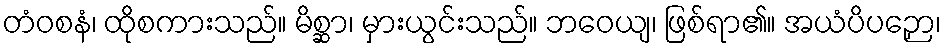
တံဝစနံ၊ ထိုစကားသည်။ မိစ္ဆာ၊ မှားယွင်းသည်။ ဘဝေယျ၊ ဖြစ်ရာ၏။ အယံပိပဉှော၊